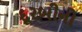
દૂરબીનો